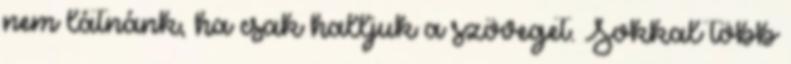
nem látnánk, ha csak halljuk a szöveget. Sokkal több